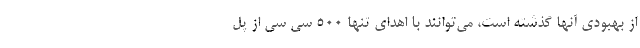
از بهبودی آنها گذشته است، می‌توانند با اهدای تنها ۵۰۰ سی سی از پل